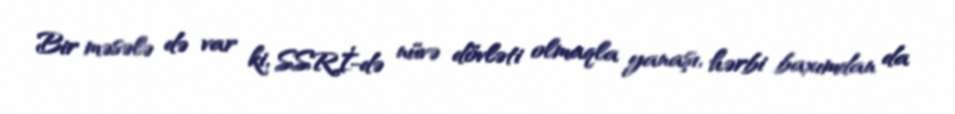
Bir məsələ də var ki, SSRİ-də nüvə dövləti olmaqla yanaşı, hərbi baxımdan da